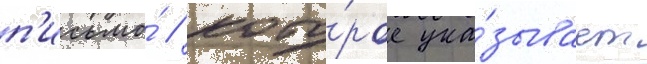
п'исьмо́ / кото́рое ука́зывает